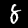
Digit: 8